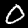
Digit: 0